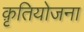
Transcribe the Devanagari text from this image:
क़ृतियोजना